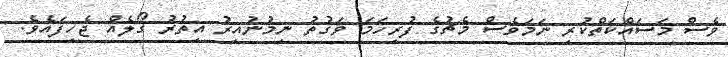
ވެސް މަސައްކަތްކުރި ނަމަވެސް މެޗުގެ ފުރިހަމަ ވަގުތު ނިމުނުއިރު އިތުރު ގޯލެއް ޖެހިފައެވެ.